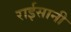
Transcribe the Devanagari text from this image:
राईसानी